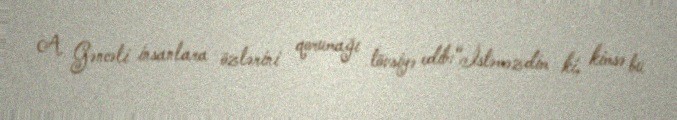
A. Gəncəli insanlara özlərini qorumağı tövsiyə edib:“İstəməzdim ki, kimsə bu